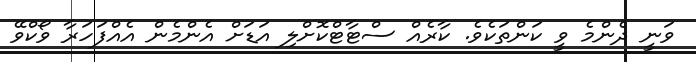
ވަނީ ދެންމެ ވީ ކަންތަކެވެ. ކާރެއް ސްޓާޓްކޮށްލި އަޑަށްް އެންމެން އެއްފަހަރާ ވޯކްވޭ